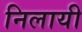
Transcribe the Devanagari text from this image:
निलायी